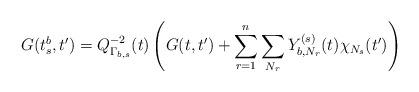
LaTeX: \begin{align*}G(t_s^b,t')=Q_{\Gamma_{b,s}}^{-2}(t)\left(G(t,t')+\sum_{r=1}^n\sum_{N_r} Y_{b,N_r}^{(s)}(t)\chi_{N_s}(t')\right)\end{align*}